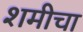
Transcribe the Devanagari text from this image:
शमीचा